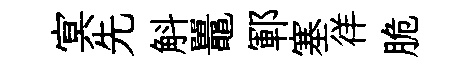
㝠先斛鼉鄆塞徉脆